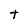
Character: t